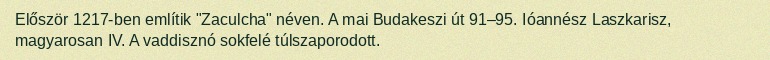
Először 1217-ben említik "Zaculcha" néven. A mai Budakeszi út 91–95. Ióannész Laszkarisz, magyarosan IV. A vaddisznó sokfelé túlszaporodott.